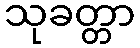
သုခတ္တာ